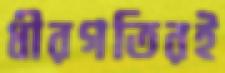
ধীরগতিরই